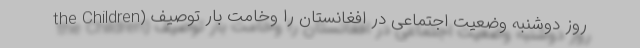
the Children) روز دوشنبه وضعیت اجتماعی در افغانستان را وخامت بار توصیف